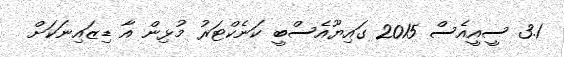
3.1 ސީއީއެސް 2015 ގައިޔޫއެސްބީ ކަނެކްޓަރު މުޅިން އާ ޑިޒައިނަކަށް